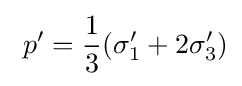
\ p'={\frac {1}{3}}(\sigma _{1}'+2\sigma _{3}')